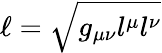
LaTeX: \ell=\sqrt{g_{\mu\nu}l^{\mu}l^{\nu}}